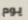
يوم